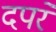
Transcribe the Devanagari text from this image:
दपरे